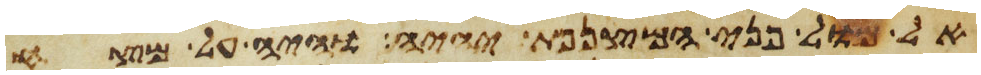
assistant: אל מול פני המצנפת יהיה והיה על מצח